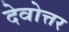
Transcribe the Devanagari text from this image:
देवोत्तर